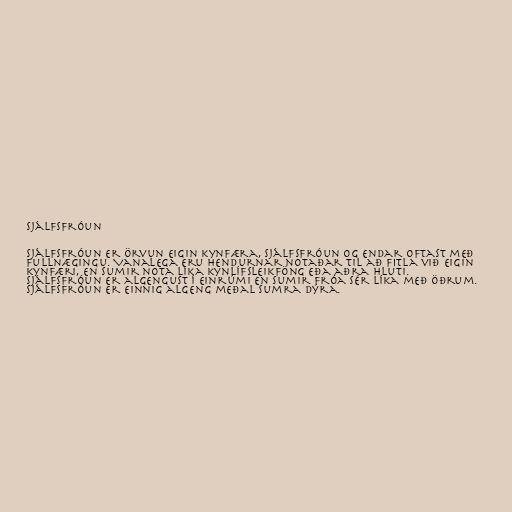
Sjálfsfróun

Sjálfsfróun er örvun eigin kynfæra, sjálfsfróun og endar oftast með
fullnægingu. Vanalega eru hendurnar notaðar til að fitla við eigin
kynfæri, en sumir nota líka kynlífsleikföng eða aðra hluti.
Sjálfsfróun er algengust í einrúmi en sumir fróa sér líka með öðrum.
Sjálfsfróun er einnig algeng meðal sumra dýra.